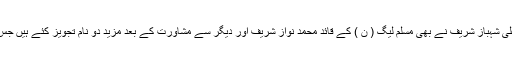
ذرائع کے مطابق تحریک انصاف کی جانب سے چار نام تجویز کئے جانے کے بعد وزیر اعلیٰ شہباز شریف نے بھی مسلم لیگ ( ن ) کے قائد محمد نواز شریف اور دیگر سے مشاورت کے بعد مزید دو نام تجویز کئے ہیں جس کے بعد ( ن ) لیگ کی جانب سے پیش کئے جانیوالے ناموں کی تعداد بھی چار ہو گئی ہے۔